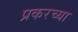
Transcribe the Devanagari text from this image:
प्रकरच्या